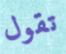
تقول